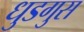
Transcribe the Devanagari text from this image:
धुडगुस